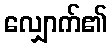
လျှောက်၏